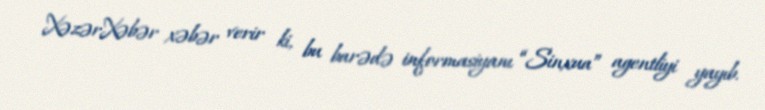
XəzərXəbər xəbər verir ki, bu barədə informasiyanı “Sinxua” agentliyi yayıb.